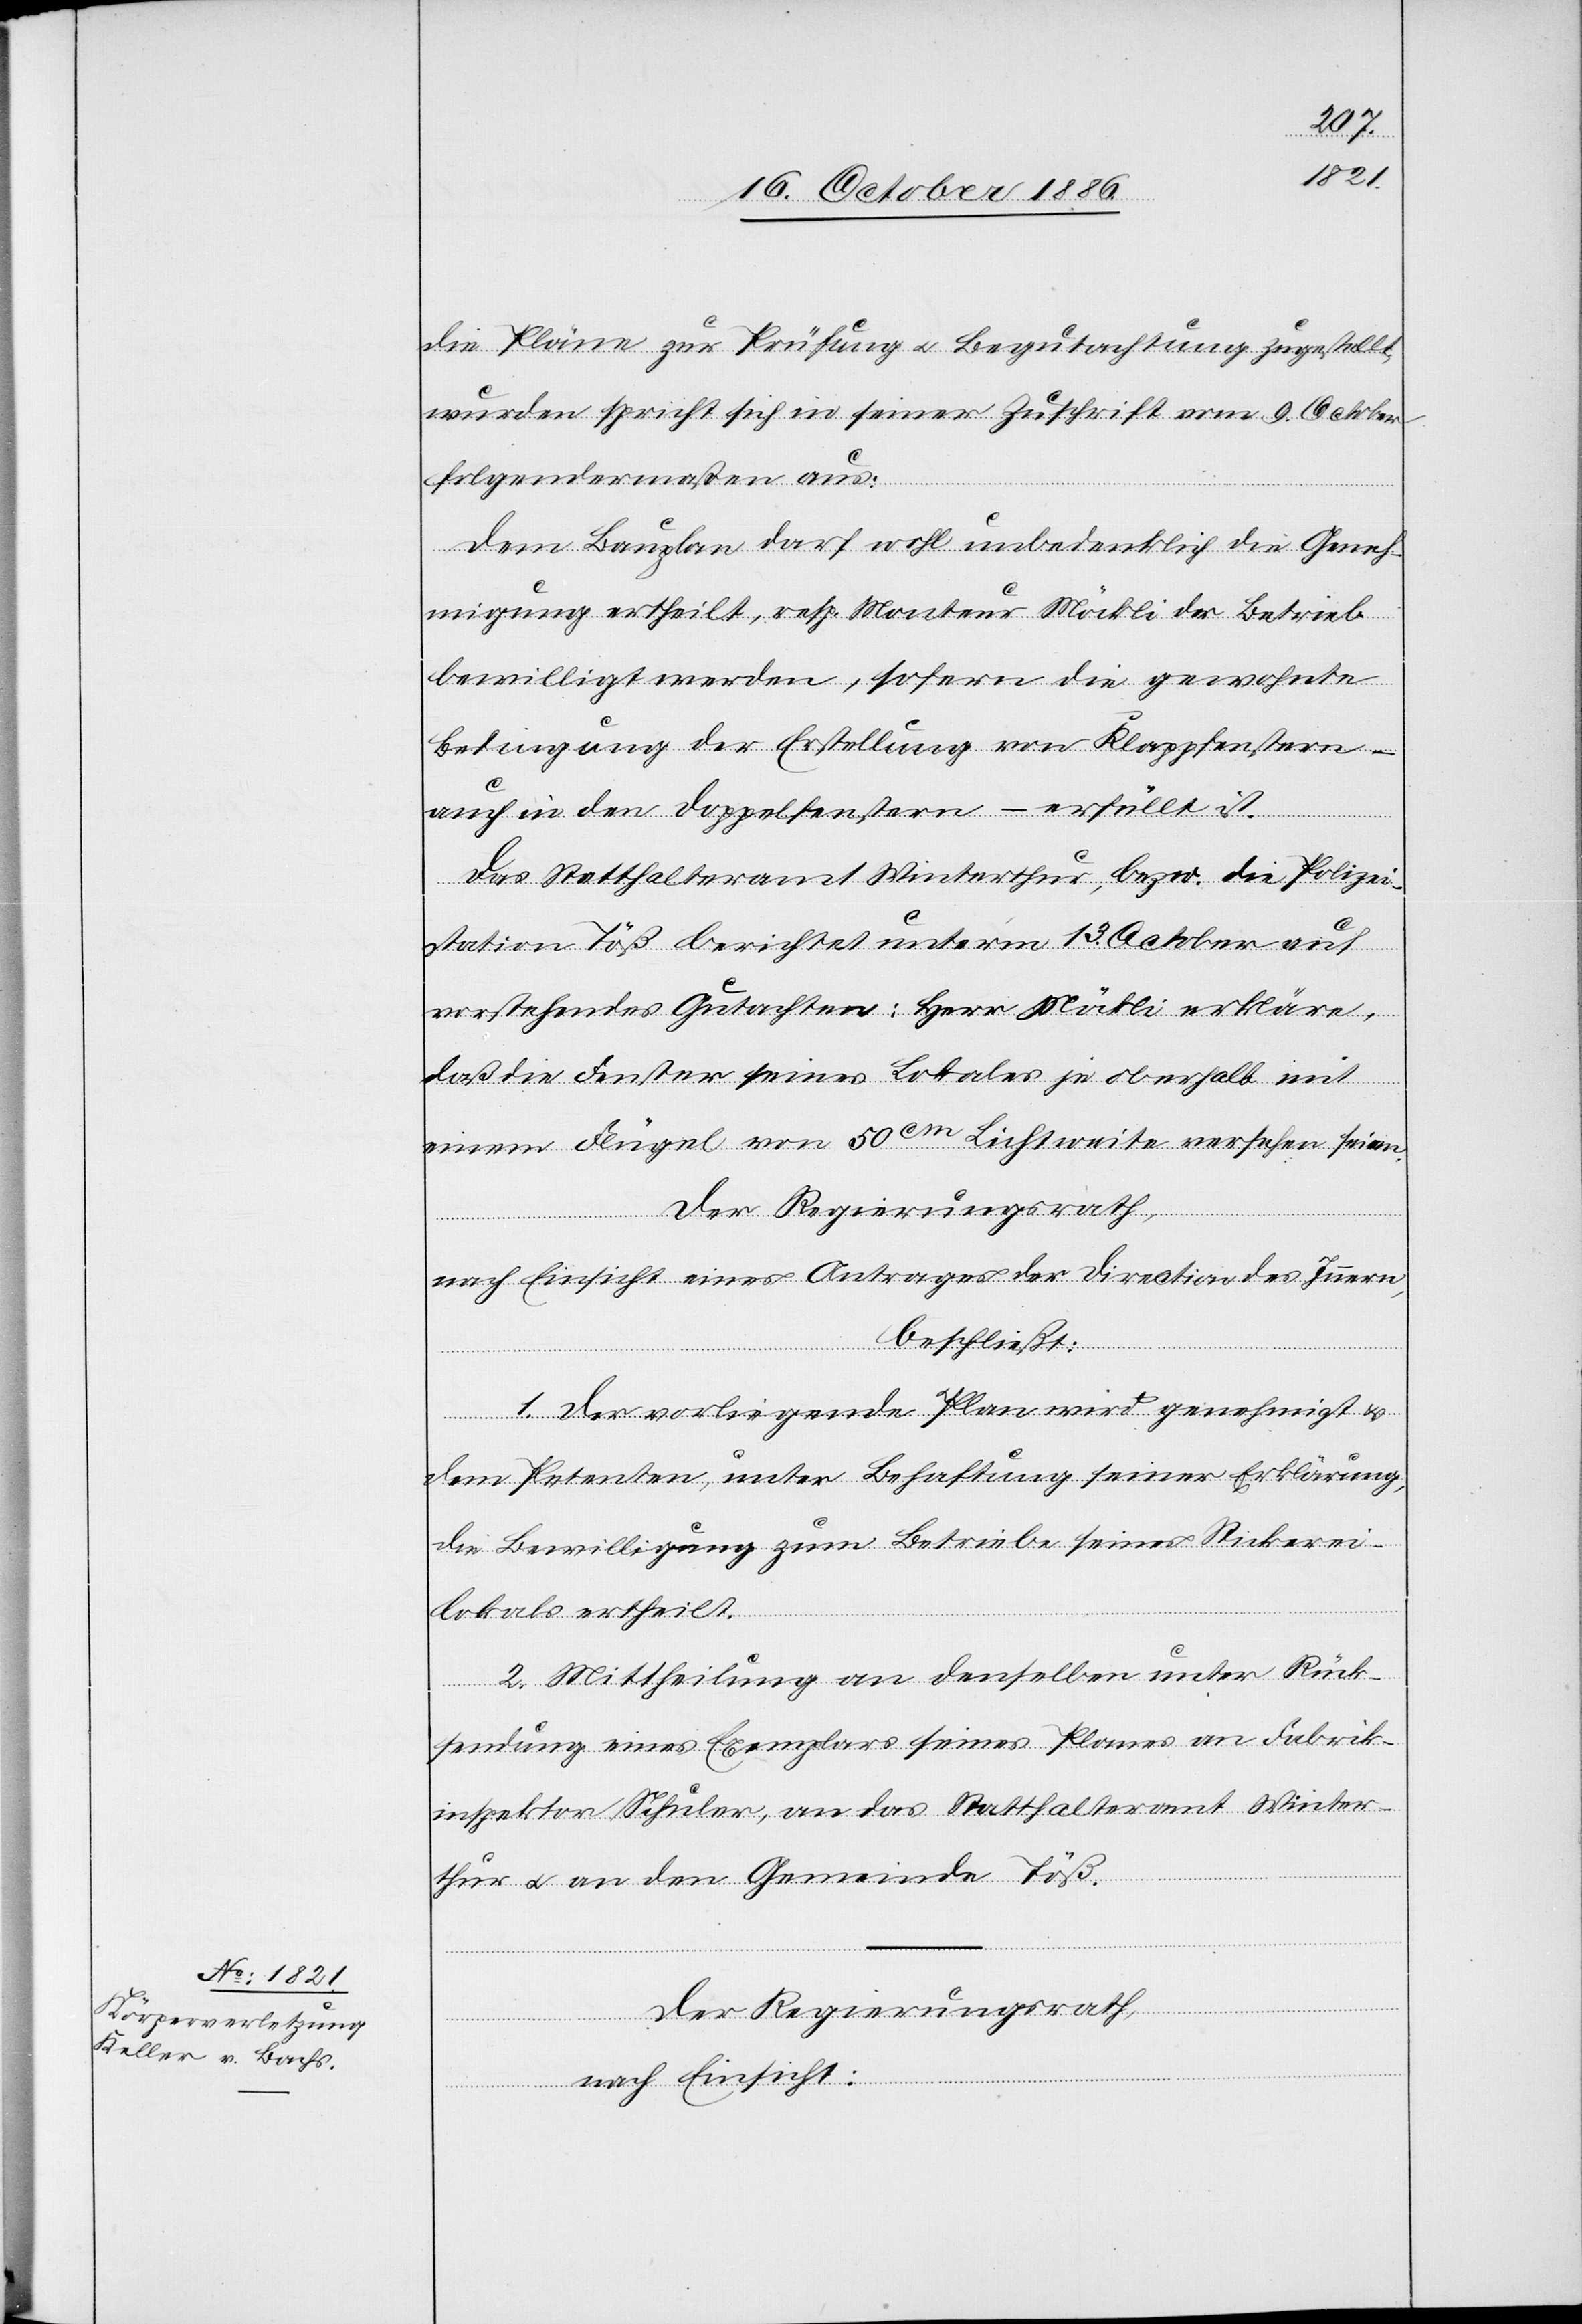
die Pläne zur Prüfung & Begutachtung zugestellt
wurden, spricht sich in seiner Zuschrift vom 9. October
folgendermaßen aus:
Dem Bauplan darf wohl unbedenklich die Geneh¬
migung ertheilt, resp. Monteur Möckli der Betrieb
bewilligt werden, sofern die gewohnte
Bedingung der Erstellung von Klappfenstern –
auch in den Doppelfenstern – erfüllt ist.
Das Statthalteramt Winterthur, bezw. die Polizei¬
station Töß berichtet unterm 13. October auf
vorstehendes Gutachten: Herr Möckli erkläre,
daß die Fenster seines Lokales je oberhalb mit
einem Flügel von 50cm Lichtweite versehen seien.
Der Regierungsrath,
nach Einsicht eines Antrages der Direction des Innern,
beschließt:
1. Der vorliegende Plan wird genehmigt &
dem Petenten, unter Behaftung seiner Erklärung,
die Bewilligung zum Betriebe seines Stickerei¬
lokals ertheilt.
2. Mittheilung an denselben unter Rück¬
sendung eines Exemplars seines Planes an Fabrik¬
inspektor Schuler, an das Statthalteramt Winter¬
thur & an den Gemeinde [sic!]
Der Regierungsrath
nach Einsicht: